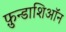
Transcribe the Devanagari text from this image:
फ़ुन्डाशिऑन